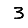
Digit: 3